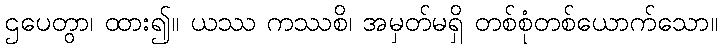
ဌပေတွာ၊ ထား၍။ ယဿ ကဿစိ၊ အမှတ်မရှိ တစ်စုံတစ်ယောက်သော။